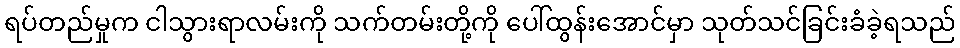
ရပ်တည်မှုက ငါသွားရာလမ်းကို သက်တမ်းတို့ကို ပေါ်ထွန်းအောင်မှာ သုတ်သင်ခြင်းခံခဲ့ရသည်